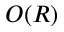
O ( R )